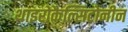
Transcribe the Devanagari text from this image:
थाइरोकैल्सिटोनीन